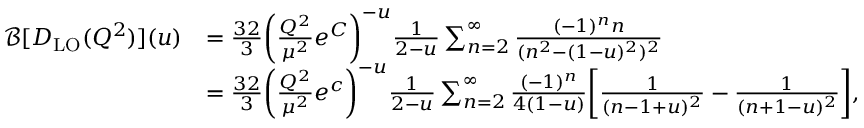
\begin{array} { r l } { \mathcal { B } [ D _ { \mathrm { L O } } ( Q ^ { 2 } ) ] ( u ) } & { = \frac { 3 2 } { 3 } \bigg ( \frac { Q ^ { 2 } } { \mu ^ { 2 } } e ^ { C } \bigg ) ^ { - u } \frac { 1 } { 2 - u } \sum _ { n = 2 } ^ { \infty } \frac { ( - 1 ) ^ { n } n } { ( n ^ { 2 } - ( 1 - u ) ^ { 2 } ) ^ { 2 } } } \\ & { = \frac { 3 2 } { 3 } \bigg ( \frac { Q ^ { 2 } } { \mu ^ { 2 } } e ^ { c } \bigg ) ^ { - u } \frac { 1 } { 2 - u } \sum _ { n = 2 } ^ { \infty } \frac { ( - 1 ) ^ { n } } { 4 ( 1 - u ) } \bigg [ \frac { 1 } { ( n - 1 + u ) ^ { 2 } } - \frac { 1 } { ( n + 1 - u ) ^ { 2 } } \bigg ] , } \end{array}